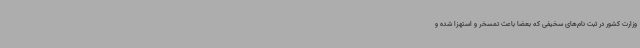
وزارت کشور در ثبت نام‌های سخیفی که بعضا باعث تمسخر و استهزا شده و